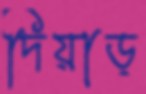
দিয়াড়